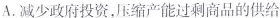
A.减少政府投资，压缩产能过剩商品的供给